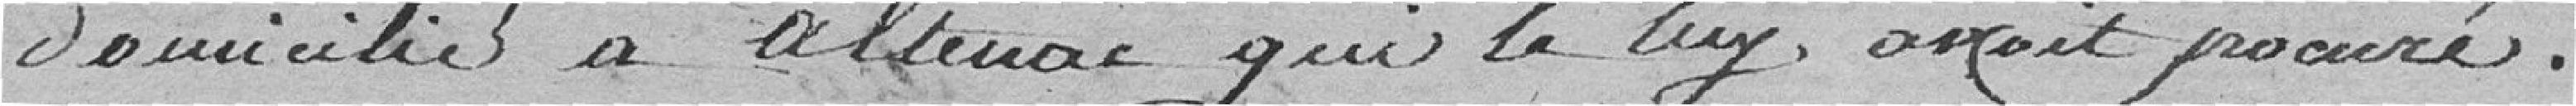
domicilié à Altenac qui le lui avait procuré.